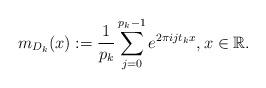
LaTeX: \begin{align*} m_{D_{k}}(x):=\frac{1}{p_{k}}\sum_{j=0}^{p_{k}-1}e^{2\pi ijt_{k}x}, x\in \mathbb{R}.\end{align*}